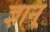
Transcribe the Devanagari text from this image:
ज्ञान्